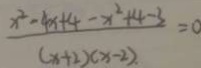
\frac { x ^ { 2 } - 4 x + 4 - x ^ { 2 } + 4 - 3 } { ( x + 2 ) ( x - 2 ) } = 0